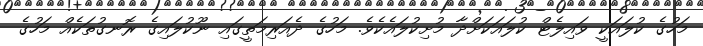
މަހުގެ ކުލައަކީ ވައިލެޓް ކުލައަކަށްދާ މުށިކުލައެކެވެ. މަހުގެ ދެއަރިމަތީގައި ނޫކުލައިގެ ރޮނގުތަކެެއް މަހުގެ